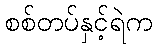
စစ်တပ်နှင့်ရဲက